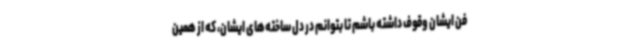
فن ایشان وقوف داشته باشم تا بتوانم در دل ساخته‌های ایشان، که از همین